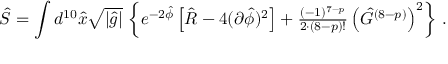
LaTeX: \hat { S } = \int d ^ { 1 0 } \hat { x } \sqrt { | \hat { g } | } \, \left\{ e ^ { - 2 \hat { \phi } } \left[ \hat { R } - 4 ( \partial \hat { \phi } ) ^ { 2 } \right] + { \textstyle \frac { ( - 1 ) ^ { 7 - p } } { 2 \cdot ( 8 - p ) ! } } \left( \hat { G } ^ { ( 8 - p ) } \right) ^ { 2 } \right\} \, .